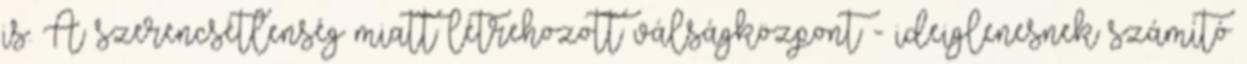
is. A szerencsétlenség miatt létrehozott válságközpont - ideiglenesnek számító